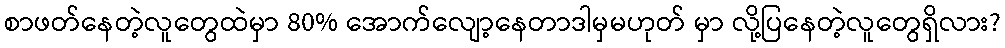
စာဖတ်နေတဲ့လူတွေထဲမှာ 80% အောက်လျော့နေတာဒါမှမဟုတ် မှာ လို့ပြနေတဲ့လူတွေရှိလား?